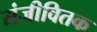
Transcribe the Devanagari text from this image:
संजीवितक